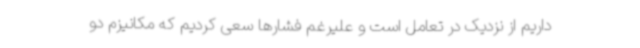
داریم از نزدیک در تعامل است و علیرغم فشارها سعی کردیم که مکانیزم دو